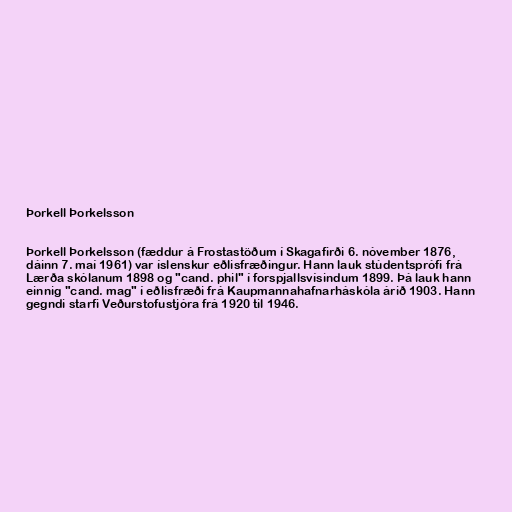
Þorkell Þorkelsson

Þorkell Þorkelsson (fæddur á Frostastöðum í Skagafirði 6. nóvember 1876,
dáinn 7. maí 1961) var íslenskur eðlisfræðingur. Hann lauk stúdentsprófi frá
Lærða skólanum 1898 og "cand. phil" í forspjallsvísindum 1899. Þá lauk hann
einnig "cand. mag" í eðlisfræði frá Kaupmannahafnarháskóla árið 1903. Hann
gegndi starfi Veðurstofustjóra frá 1920 til 1946.